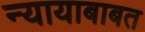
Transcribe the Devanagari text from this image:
न्यायाबाबत